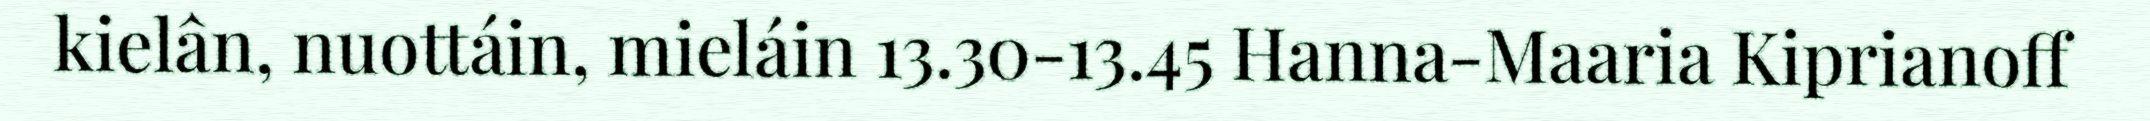
kielân, nuottáin, mieláin 13.30-13.45 Hanna-Maaria Kiprianoff